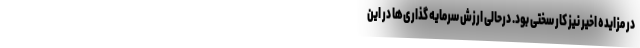
در مزایده اخیر نیز کار سختی بود. درحالی ارزش سرمایه گذاری‌ها در این